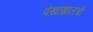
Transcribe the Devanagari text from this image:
पंखांखालची